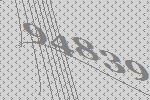
94839